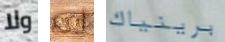
ولا أبرع برينياك